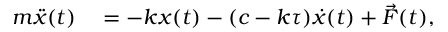
\begin{array} { r l } { m \ddot { x } ( t ) } & { { } = - k x ( t ) - ( c - k \tau ) \dot { x } ( t ) + \vec { F } ( t ) , } \end{array}